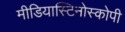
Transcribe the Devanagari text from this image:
मीडियास्टिनोस्कोपी